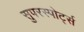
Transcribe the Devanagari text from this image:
सुपरस्पोर्ट्स